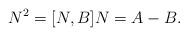
LaTeX: \begin{align*} N^2=[N,B]N=A-B. \end{align*}